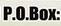
p.o.box